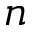
n